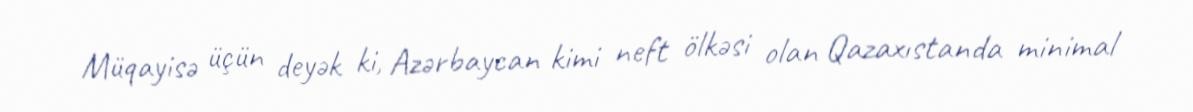
Müqayisə üçün deyək ki, Azərbaycan kimi neft ölkəsi olan Qazaxıstanda minimal